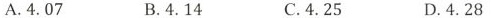
A.4.07 B.4.14 C.4.25 D.4.28